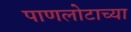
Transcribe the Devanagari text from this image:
पाणलोटाच्या